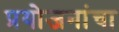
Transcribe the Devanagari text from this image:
प्रयोजनांचा